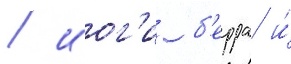
/ иог'и б'ерра и́